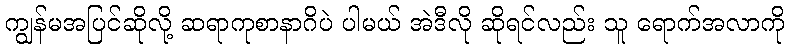
ကျွန်မအပြင်ဆိုလို့ ဆရာကုစာနာဂိပဲ ပါမယ် အဲဒီလို ဆိုရင်လည်း သူ ရောက်အလာကို